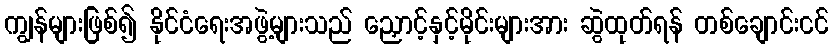
ကျွန်များဖြစ်၍ နိုင်ငံရေးအဖွဲ့များသည် ညှောင့်နှင့်မိုင်းများအား ဆွဲထုတ်ရန် တစ်ချောင်းငင်